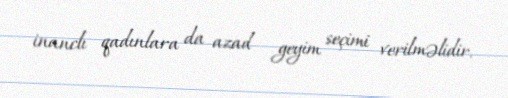
inanclı qadınlara da azad geyim seçimi verilməlidir.